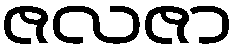
ဇလဇာ